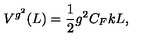
V ^ { g ^ { 2 } } ( L ) = \frac { 1 } { 2 } g ^ { 2 } C _ { F } k L ,